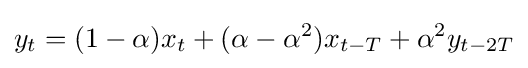
y_{t}=(1-\alpha )x_{t}+(\alpha -\alpha ^{2})x_{t-T}+\alpha ^{2}y_{t-2T}